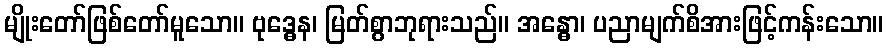
မျိုးတော်ဖြစ်တော်မူသော။ ဗုဒ္ဓေန၊ မြတ်စွာဘုရားသည်။ အန္ဓော၊ ပညာမျက်စိအားဖြင့်ကန်းသော။